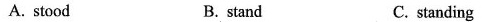
A. stood B. stand C. standing